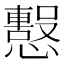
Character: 𢤙